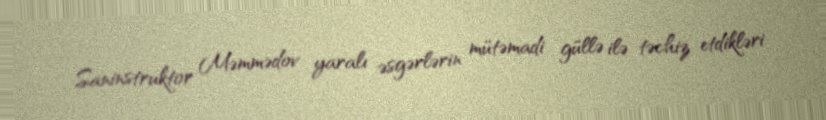
Saninstruktor Məmmədov yaralı əsgərlərin mütəmadi güllə ilə təchiz etdikləri